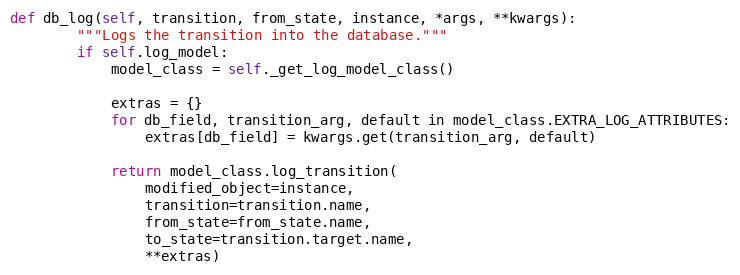
Language: Python
def db_log(self, transition, from_state, instance, *args, **kwargs):
        """Logs the transition into the database."""
        if self.log_model:
            model_class = self._get_log_model_class()

            extras = {}
            for db_field, transition_arg, default in model_class.EXTRA_LOG_ATTRIBUTES:
                extras[db_field] = kwargs.get(transition_arg, default)

            return model_class.log_transition(
                modified_object=instance,
                transition=transition.name,
                from_state=from_state.name,
                to_state=transition.target.name,
                **extras)